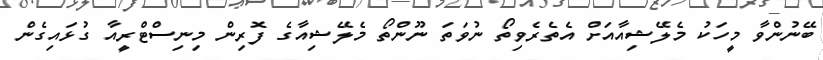
ބޭނުންވާ މީހަކު މެލޭޝިއާއަށް އެތެރެވިތޯ ނުވަތަ ނޫންތޯ މެލޭޝިއާގެ ފޮރިން މިނިސްޓްރީއާ ގުޅައިގެން